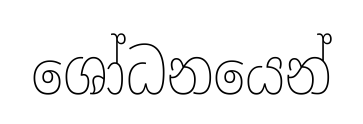
ශෝධනයෙන්